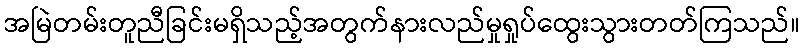
အမြဲတမ်းတူညီခြင်းမရှိသည့်အတွက်နားလည်မှုရှုပ်ထွေးသွားတတ်ကြသည်။